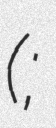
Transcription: (郑义;